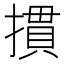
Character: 摜